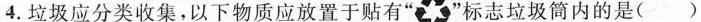
4.垃圾应分类收集，以下物质应放置于贴有“ ”标志垃圾筒内的是( )